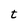
Character: t